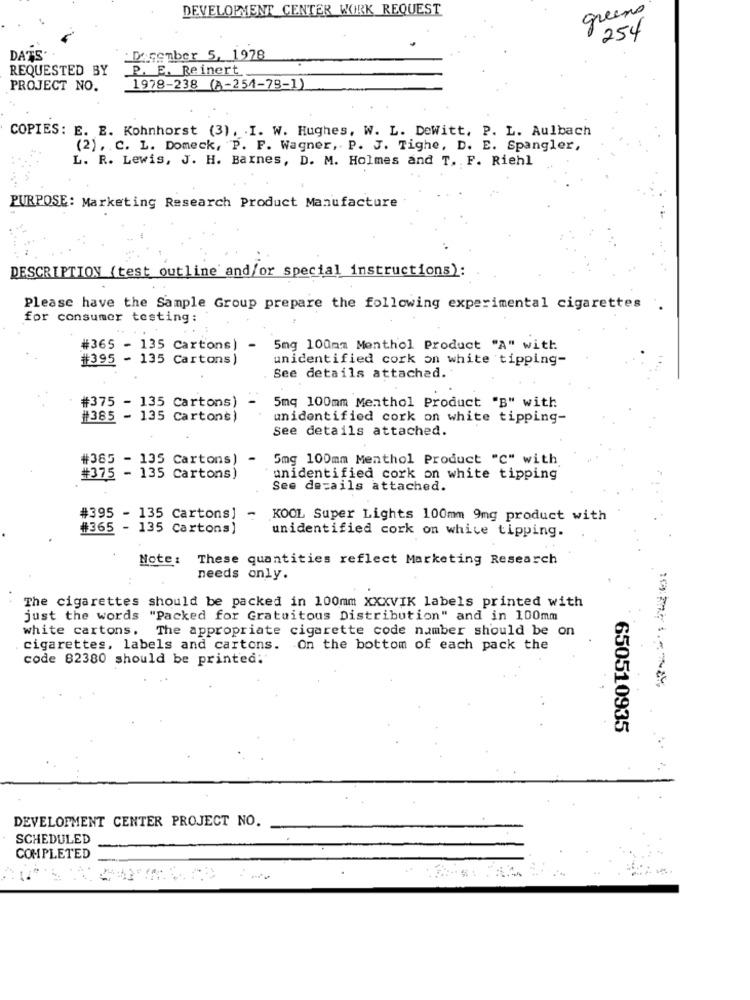
DEVELOPMENT CENTER WORK REQUEST
greens
254
DATS
:Dasember 5, 1978
REQUESTED BY
P. E. Reinert
PROJECT NO.
1978-238 (A-251-79-1)
COPIES: E. E. Kohnhorst (3), . I. W. Hughes, W. L. DeWitt, P. L. Aulbach
(2). C. L. Domeck, "P. F. Wagner, P. J. Tighe, D. E. Spangler,
L. R. Lewis, J. H. Barnes, D. M. Holmes and T. F. Riehl
PURPOSE: Marketing Research Product Manufacture
DESCRIPTION (test outline and/or special instructions):
Please have the Sample Group prepare the following experimental cigarettes .
for consumer testing:
#365 - 135 Cartons) -
5mg 100mm Menthol Product "A" with.
#395 - 135 Cartons)
unidentified cork on white tipping-
See details attached.
#375 - 135 Cartons)
- 5mq 100mm Menthol Product "B" with
#385 - 135 Cartons)
unidentified cork on white tipping-
See details attached.
#385 - 135 Cartons) -
5mg 100mm Menthol Product "C" with
#375 - 135 Cartons)
unidentified cork on white tipping
See details attached.
#395 - 135 Cartons] -
KOOL Super Lights 100mm 9mg product with
#365 - 135 Cartons)
unidentified cork on white tipping.
Note:
These quantities reflect Marketing Research
needs only.
The cigarettes should be packed in 100mm XXXVIK labels printed with
just the words "Packed for Gratuitous Distribution" and in 100mm
white cartons.
The appropriate cigarette code number should be on
cigarettes, labels and cartons. On the bottom of each pack the
code 82380 should be printed:
650510935
DEVELOPMENT CENTER PROJECT NO.
SCHEDULED
COMPLETED